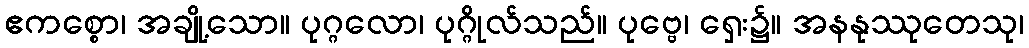
ဧကစ္စော၊ အချို့သော။ ပုဂ္ဂလော၊ ပုဂ္ဂိုလ်သည်။ ပုဗ္ဗေ၊ ရှေး၌။ အနနုဿုတေသု၊